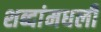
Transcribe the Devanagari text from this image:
शब्दांमधली